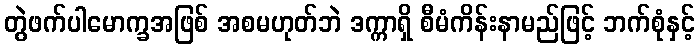
တွဲဖက်ပါမောက္ခအဖြစ် အစမဟုတ်ဘဲ ဒက္ကာရှိ စီမံကိန်းနာမည်ဖြင့် ဘက်စုံနှင့်